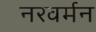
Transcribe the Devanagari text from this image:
नरवर्मन